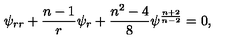
\psi _ { r r } + { \frac { n - 1 } { r } } \psi _ { r } + { \frac { n ^ { 2 } - 4 } { 8 } } \psi ^ { \frac { n + 2 } { n - 2 } } = 0 ,